Lunatic asylums Madras 1877-1891 - 1877-1891
Year: 1877
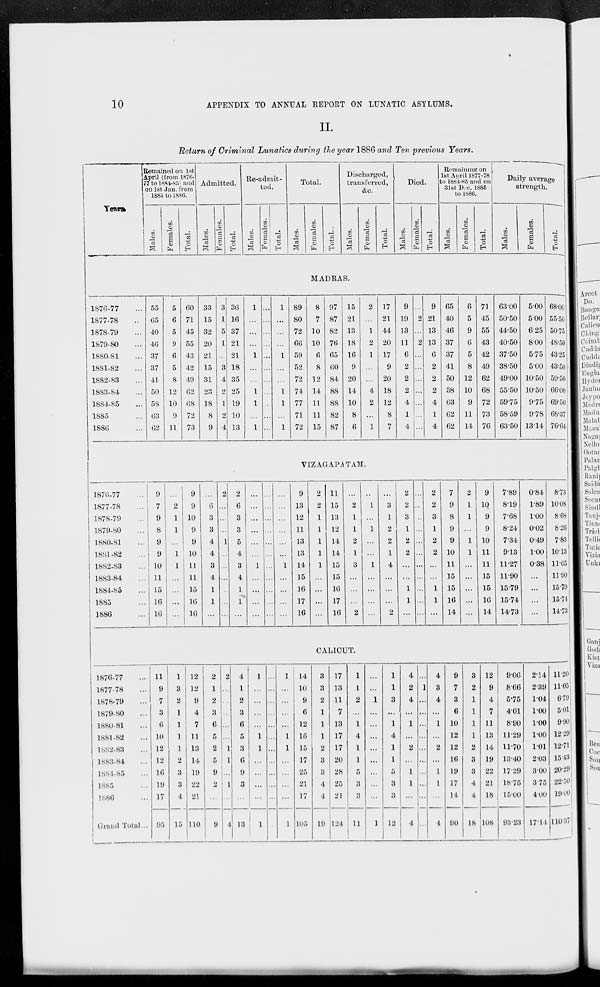
10
APPENDIX TO ANNUAL REPORT ON LUNATIC ASYLUMS.
II.
Return of Criminal Lunatics during the year 1886 and Ten previous Years.
Years.
1876-77 ...
1877-78 ...
1878-79 ...
1879-80 ...
1880-81 ...
1881-82 ...
1882-83 ...
1883-84 ...
1884-85 ...
1885 ...
1886 ...
1876-77 ...
1877-78 ...
1878-79 ...
1879-80 ...
1880-81 ...
1881-82 ...
1882.83 ...
1883-84 ...
1884-85 ...
1885 ...
1886 ...
1876-77 ...
1877-78 ...
1878-79 ...
1879-80 ...
1880-81 ...
1881-82 ...
1882-83 ...
1883-84 ...
1884-85 ...
1885 ...
1886 ...
Grand Total...
Remained on 1st
April (from 1876-
77 to 1884-85) and
on 1st Jan. from
1885 to 1886.
Males.
Females.
Total.
Admitted.
Males.
Females.
Total.
Re-admit-
ted.
Males.
Females.
Total.
Total.
Males.
Females.
Total..
Discharged,
transferred,
&c.
Males.
Females.
Total.
Died.
Males.
Females.
Total.
Remaining on
1st April 1877-78
to 1884-85 and on
31st Dec. 1885
to 1886.
Males.
Females.
Total.
Daily average
strength.
Males.
Females.
Total.
MADRAS.
55
65
40
46
37
37
41
50
58
63
62
5
6
5
9
6
5
8
12
10
9
11
60
71
45
55
43
42
49
62
68
72
73
33
15
32
20
21
15
31
23
18
8
9
3
1
5
1
...
3
4
2
1
2
4
36
16
37
21
21
18
35
25
19
10
13
1
...
...
...
1
...
...
1
1
...
1
...
...
...
...
...
...
...
...
...
...
...
1
...
...
...
1
...
...
1
1
...
1
89
80
72
66
59
52
72
74
77
71
72
8
7
10
10
6
8
12
14
11
11
15
97
87
82
76
65
60
84
88
88
82
87
15
21
13
18
16
9
20
14
10
8
6
2
...
11
2
1
...
...
4
2
...
1
17
21
44
20
17
9
20
18
12
8
7
9
19
13
11
6
2
2
2
4
1
4
...
2
...
2
...
...
...
...
...
...
...
9
21
13
13
6
2
2
2
4
1
4
65
40
46
37
37
41
50
58
63
62
62
6
5
9
6
5
8
12
10
9
11
14
71
45
55
43
42
49
62
68
72
73
76
63.00
50.50
44.50
40.50
37.50
38.50
49.00
55.50
59.75
58.59
63.50
5.00
5.00
6.25
8.00
5.75
5.00
10.50
10.50
9.75
9.78
13.14
68.00
55.50
50.75
48.50
43.25
43.50
59.50
66.00
69.50
68.37
76.64
VIZAGAPATAM.
9
7
9
8
9
9
10
11
15
16
16
...
2
1
1
...
1
1
...
...
...
...
9
9
10
9
9
10
11
11
15
16
16
...
6
3
3
4
4
3
4
1
1
...
2
...
...
...
1
...
...
...
...
...
...
2
6
3
3
5
4
3
4
1
1
...
...
...
...
...
...
...
1
...
...
...
...
...
...
...
...
...
...
...
...
...
...
...
...
...
...
...
...
...
1
...
...
...
...
9
13
12
11
13
13
14
15
16
17
16
2
2
1
1
1
1
1
...
...
...
...
11
15
13
12
14
14
15
15
16
17
16
...
2
1
1
2
1
3
...
...
...
2
...
1
...
1
...
...
1
...
...
...
...
...
3
1
2
2
1
4
...
...
...
2
2
2
3
1
2
2
...
...
1
1
...
...
..
..
...
...
...
...
...
...
...
...
2
2
3
1
2
2
...
...
1
1
...
7
9
8
9
9
10
11
15
15
16
14
2
1
1
...
1
1
...
...
...
...
...
9
10
9
9
10
11
11
15
15
16
14
7.89
8.19
7.68
8.24
7.34
9.13
11.27
11.90
15.79
15.74
14.73
0.84
1.89
1.00
0.02
0.49
1.00
0.38
...
...
...
...
8.73
10.08
8.68
8.26
7.83
10.13
11.65
11.90
15.79
15.74
14.73
CALICUT.
11
9
7
3
6
10
12
12
16
19
17
95
1
3
2
1
1
1
1
2
3
3
4
15
12
12
9
4
7
11
13
14
19
22
21
110
2
1
2
3
6
5
2
5
9
2
...
9
2
...
...
...
...
...
1
1
...
1
...
4
4
1
2
3
6
5
3
6
9
3
...
13
1
...
...
...
...
1
1
...
...
...
...
1
...
...
...
...
...
...
...
...
...
...
...
...
1
...
...
...
...
1
1
...
...
...
...
1
14
10
9
6
12
16
15
17
25
21
17
105
3
3
2
1
1
1
2
3
3
4
4
19
17
13
11
7
13
17
17
20
28
25
21
124
1
1
2
...
1
4
1
1
5
3
3
11
...
...
1
...
...
...
...
...
...
...
...
1
1
1
3
...
1
4
1
1
5
3
3
12
4
2
4
...
1
...
2
...
1
1
...
4
...
1
...
...
...
...
...
...
...
...
...
...
4
3
4
...
1
...
2
...
1
1
...
4
9
7
3
6
10
12
12
16
19
17
14
90
3
2
1
1
1
1
2
3
3
4
4
18
12
9
4
7
11
13
14
19
22
21
18
108
9.06
8.66
5.75
4.01
8.90
11.29
11.70
13.40
17.29
18.75
15.00
93.23
2.14
2.39
1.04
1.00
1.00
1.00
1.01
2.03
3.00
3.75
4.00
17.14
11.20
11.05
6.79
5.01
9.90
12.29
12.71
15.43
20.29
22.50
19.00
110.37